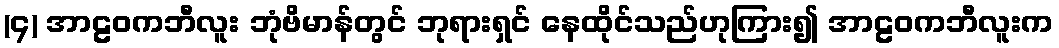
(၄) အာဠဝကဘီလူး ဘုံဗိမာန်တွင် ဘုရားရှင် နေထိုင်သည်ဟုကြား၍ အာဠဝကဘီလူးက